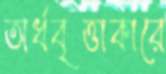
অর্ধবৃত্তাকারে